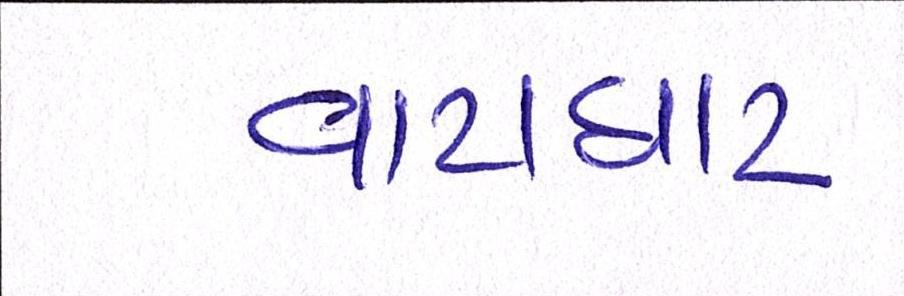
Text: વાટાઘાટ